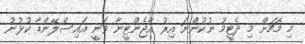
މި މެޗަށް މި ދެޓީމު ނުކުންނަ އިރު އާޖެންޓީނާ ވަނީ އައިސްލޭންޑާ ކުޅުނު